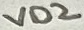
Text: VD2